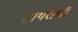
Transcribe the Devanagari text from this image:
सायराची